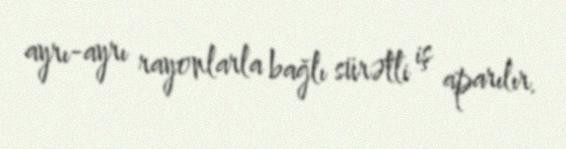
ayrı-ayrı rayonlarla bağlı sürətli iş aparılır.